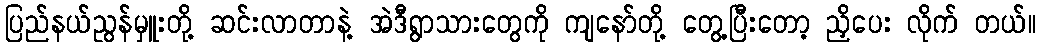
ပြည်နယ်ညွန်မှူးတို့ ဆင်းလာတာနဲ့ အဲဒီရွာသားတွေကို ကျနော်တို့ တွေ့ပြီးတော့ ညှိပေး လိုက် တယ်။